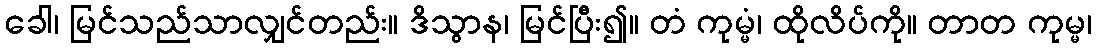
ခေါ၊ မြင်သည်သာလျှင်တည်း။ ဒိသွာန၊ မြင်ပြီး၍။ တံ ကုမ္မံ၊ ထိုလိပ်ကို။ တာတ ကုမ္မ၊